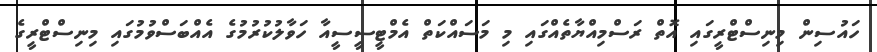
ހައުސިން މިނިސްޓްރީގައި އޮތް ރަސްމިއްޔާތެއްގައި މި މަސައްކަތް އެމްޓީސީސީއާ ހަވާލުކުރުމުގެ އެއްބަސްވުމުގައި މިނިސްޓްރީގެ